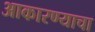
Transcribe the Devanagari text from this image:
आकारण्याचा